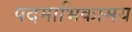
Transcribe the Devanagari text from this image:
पदमाभिकामय